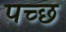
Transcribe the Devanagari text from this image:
पच्छ